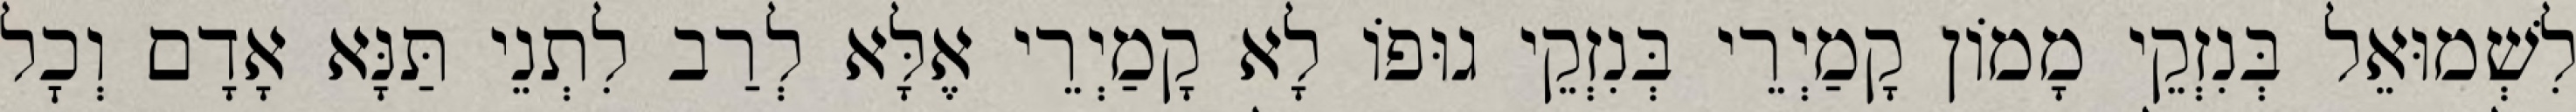
לִשְׁמוּאֵל בְּנִזְקֵי מָמוֹן קָמַיְרֵי בְּנִזְקֵי גוּפוֹ לָא קָמַיְרֵי אֶלָּא לְרַב לִתְנֵי תַּנָּא אָדָם וְכׇל